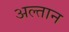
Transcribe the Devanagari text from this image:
अल्तान